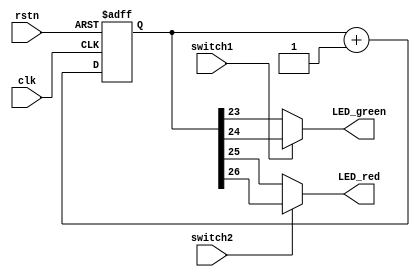
module light_led (
input wire clk,
input wire rstn,
input wire switch1,
input wire switch2,
output wire LED_red,
output wire LED_green
);

reg [31:0] cnt;

always @ (posedge clk or negedge rstn)
begin
	if(!rstn)
	begin
		cnt <= 32'h0;
	end
	else
	begin
		cnt <= cnt + 32'h1;
	end
end


assign LED_green = switch1 ? cnt[24] : cnt[23];
assign LED_red   = switch2 ? cnt[26] : cnt[25];

endmodule